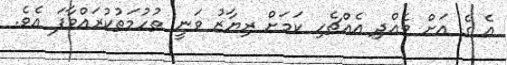
އެ ގެ އަށް ވެއްދި އެއްޗެހި ކަމަށް ރިޔާޒު ވަނީ ތުހުމަތުކުރައްވާފަ އެވެ.